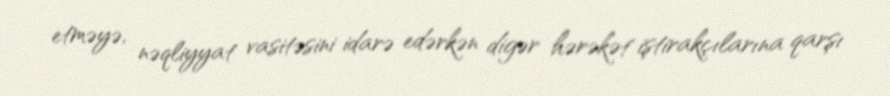
etməyə, nəqliyyat vasitəsini idarə edərkən digər hərəkət iştirakçılarına qarşı